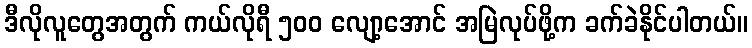
ဒီလိုလူတွေအတွက် ကယ်လိုရီ ၅၀၀ လျော့အောင် အမြဲလုပ်ဖို့က ခက်ခဲနိုင်ပါတယ်။